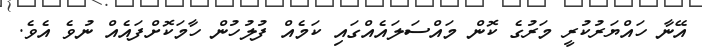
އޭނާ ހައްޔަރުކުރީ މަރުގެ ކޮން މައްސަލައެއްގައި ކަމެއް ފުލުހުން ހާމަކޮށްފައެއް ނުވެ އެވެ.